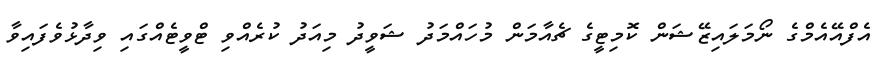
އެފްއޭއެމްގެ ނޯމަލައިޒޭޝަން ކޮމިޓީގެ ޗެއާާމަން މުހައްމަދު ޝަވީދު މިއަދު ކުރެެއްވި ޓްވީޓެއްގައި ވިދާޅުވެފައިވާ